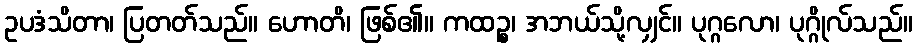
ဥပဒံသိတာ၊ ပြတတ်သည်။ ဟောတိ၊ ဖြစ်၏။ ကထဉ္စ၊ အဘယ်သို့လျှင်။ ပုဂ္ဂလော၊ ပုဂ္ဂိုလ်သည်။